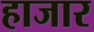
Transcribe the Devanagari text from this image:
हाजार